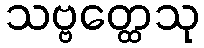
သဗ္ဗတ္ထေသု